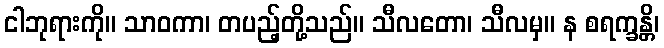
ငါဘုရားကို။ သာဝကာ၊ တပည့်တို့သည်။ သီလတော၊ သီလမှ။ န စရက္ခန္တိ၊